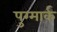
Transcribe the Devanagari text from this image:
पुग्मार्क